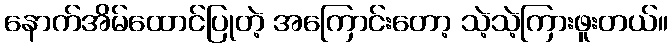
နောက်အိမ်ထောင်ပြုတဲ့ အကြောင်းတော့ သဲ့သဲ့ကြားဖူးတယ်။